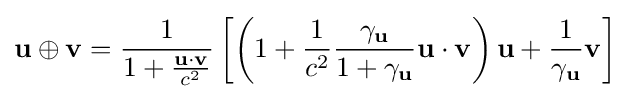
\mathbf {u} \oplus \mathbf {v} ={\frac {1}{1+{\frac {\mathbf {u} \cdot \mathbf {v} }{c^{2}}}}}\left[\left(1+{\frac {1}{c^{2}}}{\frac {\gamma _{\mathbf {u} }}{1+\gamma _{\mathbf {u} }}}\mathbf {u} \cdot \mathbf {v} \right)\mathbf {u} +{\frac {1}{\gamma _{\mathbf {u} }}}\mathbf {v} \right]